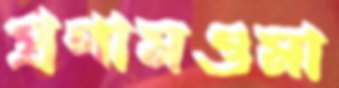
প্রণামওমা